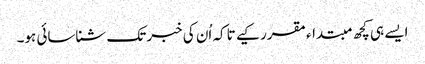
ایسے ہی کچھ مبتداء مقرر کیے تاکہ اُن کی خبر تک شناسائی ہو۔